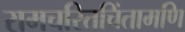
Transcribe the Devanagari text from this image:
रामचरितचिंतामणि